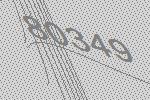
80349